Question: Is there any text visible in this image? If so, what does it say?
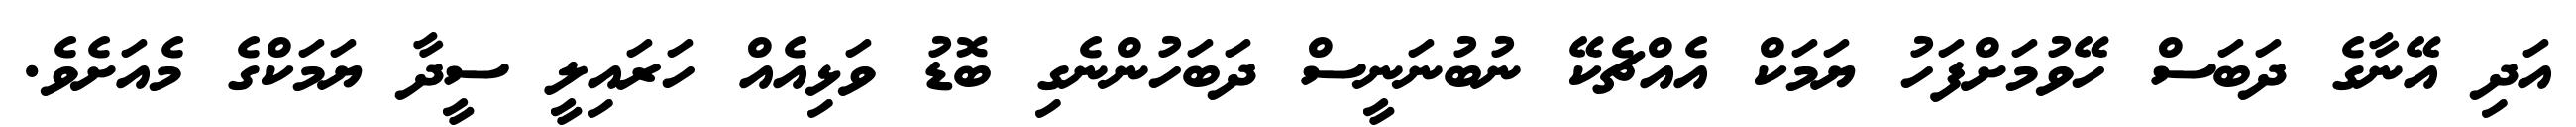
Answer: އަދި އޭނާގެ ދަބަސް ހޭވުމަށްފަހު ޔަމަކް އެއްޗެކޭ ނުބުނަނީސް ދަބަހުންނެގި ބޮޑު ވަޅިއެއް ހަރައިލީ ސީދާ ޔަމަކްގެ މެއަށެވެ.